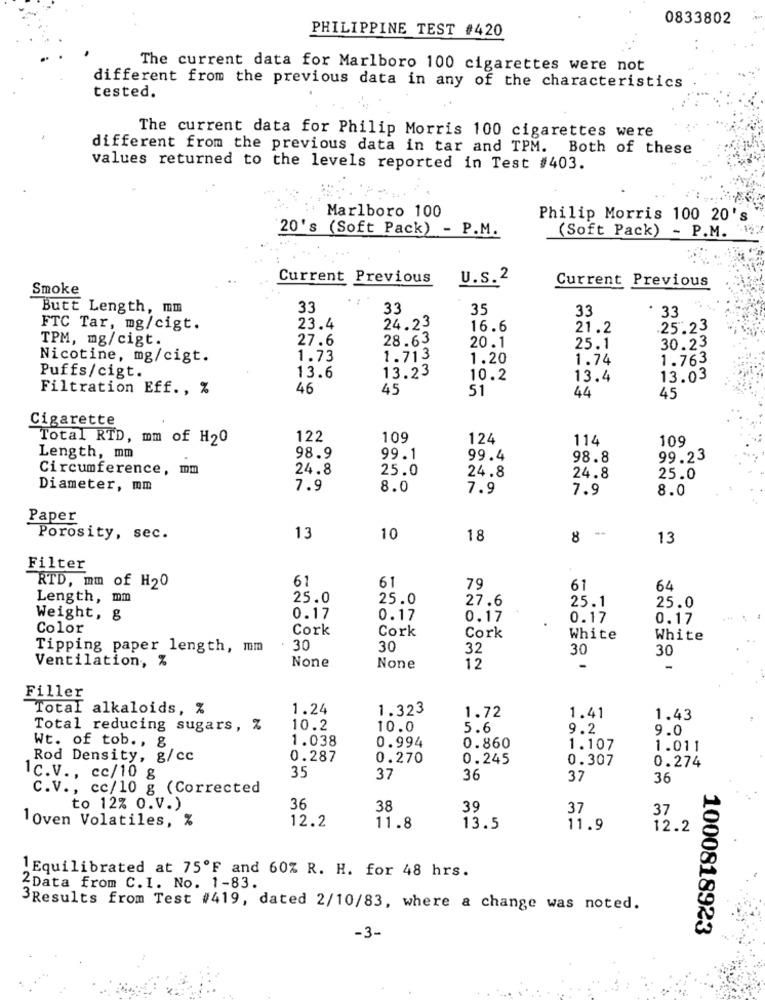
0833802
PHILIPPINE TEST #420
The current data for Marlboro 100 cigarettes were not
different from the previous data in any of the characteristics
tested.
The current data for Philip Morris 100 cigarettes were
different from the previous data in tar and TPM.
Both of these
values returned to the levels reported in Test #403.
Marlboro 100
Philip Morris 100 20's
20's (Soft Pack) - P.M.
(Soft Pack) - P.M.
Current Previous
U.s.2
Current Previous
Smoke
Butt Length, mm
33
33
35
33
33
FTC Tar, mg/cigt.
23.4
24.23
16.6
21.2
25.23
TPM, mg/cigt.
27.6
28.63
20.1
25.1
30.23
Nicotine, mg/cigt.
1.73
1.713
1.20
1.74
1.763
Puffs/cigt.
13.6
13.23
10.2
13.4
13.03
Filtration Eff ., %
46
45
51
44
45
Cigarette
Total RTD, mm of H20
122
109
124
114
109
Length, mm
98.9
99.1
99.4
98.8
99.23
Circumference, mm
24.8
25.0
24.8
24.8
25.0
Diameter, mm
7.9
8.0
7.9
7.9
8.0
Paper
Porosity, sec.
13
10
18
8 -
13
Filter
61
61
RTD, mm of H20
79
61
64
Length, mm
25.0
25.0
27.6
25.1
25.0
Weight, g
0.17
0.17
0.17
0.17
0.17
Color
Cork
Cork
Cork
White
White
Tipping paper length, mm
. 30
30
32
30
30
Ventilation, %
12
Filler
Total alkaloids, %
1.24
1.323
1.72
1.41
1.43
Total reducing sugars, %
10.2
10.0
5.6
9.2
9.0
Wt. of tob ., &
1.038
0.994
0.860
1.107
1.011
Rod Density, g/cc
0.287
0.270
0.245
0.307
0.274
1c.V ., cc/10 g
35
37
36
37
36
C.V ., cc/10 g (Corrected
to 12% O.V.)
36
38
39
37
37
12.2
1 Oven Volatiles, %
11.8
13.5
11.9
12.2
1 Equilibrated at 75ºF and 60% R. H. for 48 hrs.
2Data from C.I. No. 1-83.
3Results from Test #419, dated 2/10/83, where a change was noted.
1000818923
-3-